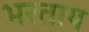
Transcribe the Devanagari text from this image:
भरताय